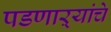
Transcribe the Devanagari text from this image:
पडणाऱ्यांचे